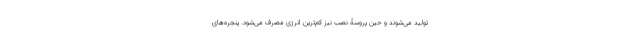
تولید می‌شوند و حین پروسۀ نصب نیز کم‌ترین انرژی مصرف می‌شود. پنجره‌های